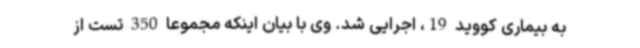
به بیماری کووید 19، اجرایی شد. وی با بیان اینکه مجموعا 350 تست از